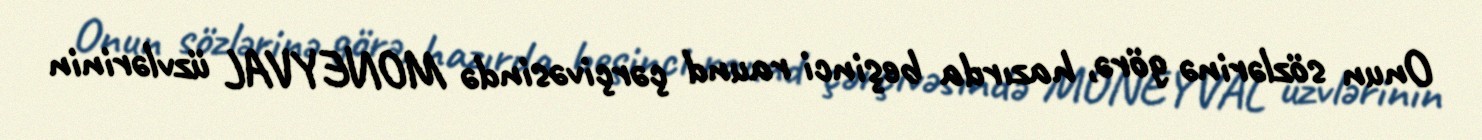
Onun sözlərinə görə, hazırda beşinci raund çərçivəsində MONEYVAL üzvlərinin